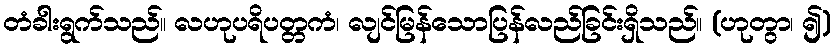
တံခါးရွက်သည်။ လဟုပရိပတ္တကံ၊ လျင်မြန်သောပြန်လည်ခြင်းရှိသည်။ (ဟုတွာ၊ ၍)